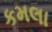
કમલા